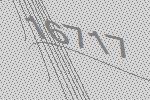
16717